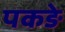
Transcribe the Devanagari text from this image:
पकङे